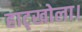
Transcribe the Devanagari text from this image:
हाट्खोला।